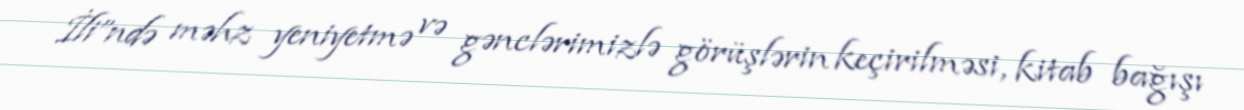
İli”ndə məhz yeniyetmə və gənclərimizlə görüşlərin keçiril­mə­si, kitab bağışı